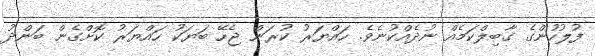
ފުލުހުންގެ ގާބިލްކަމެއް ނުދެއްކުނެވެ. ހައްޔަރު ކުރަން ޖެހޭ ބަޔަކު ހައްޔަރު ކޮށްގެން ބަންދު